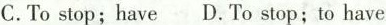
C.To stop; have D.To stop; to have